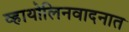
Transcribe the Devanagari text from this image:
व्हायोलिनवादनात